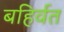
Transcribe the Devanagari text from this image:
बहिर्वत